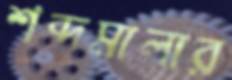
শব্দমালার